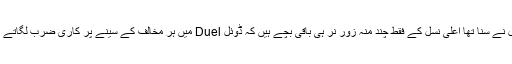
زمل نے سنا تھا اعلیٰ نسل کے فقط چند منہ زور نر ہی باقی بچے ہیں کہ ڈوئل Duel میں ہر مخالف کے سینے پر کاری ضرب لگاتے ہیں۔